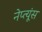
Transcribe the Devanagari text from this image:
नेप्त्यूंस